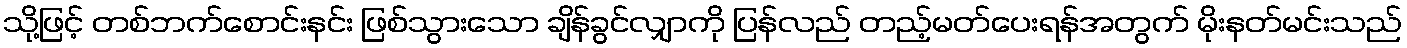
သို့ဖြင့် တစ်ဘက်စောင်းနင်း ဖြစ်သွားသော ချိန်ခွင်လျှာကို ပြန်လည် တည့်မတ်ပေးရန်အတွက် မိုးနတ်မင်းသည်